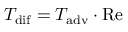
T _ { \mathrm { d i f } } = T _ { \mathrm { a d v } } \cdot \mathrm { R e }